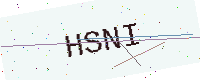
Text: HSNI